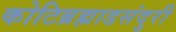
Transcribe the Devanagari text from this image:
कोटिब्रह्माडसंदुरी